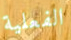
الفعلية